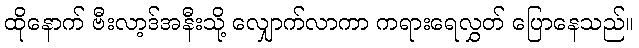
ထိုနောက် ဗီးလာ့ဒ်အနီးသို့ လျှောက်လာကာ ကရားရေလွှတ် ပြောနေသည်။